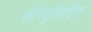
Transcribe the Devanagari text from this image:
कौनड्रॉयटिन